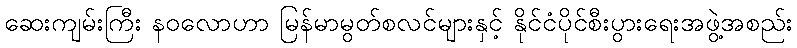
ဆေးကျမ်းကြီး နဝလောဟာ မြန်မာမွတ်စလင်များနှင့် နိုင်ငံပိုင်စီးပွားရေးအဖွဲ့အစည်း